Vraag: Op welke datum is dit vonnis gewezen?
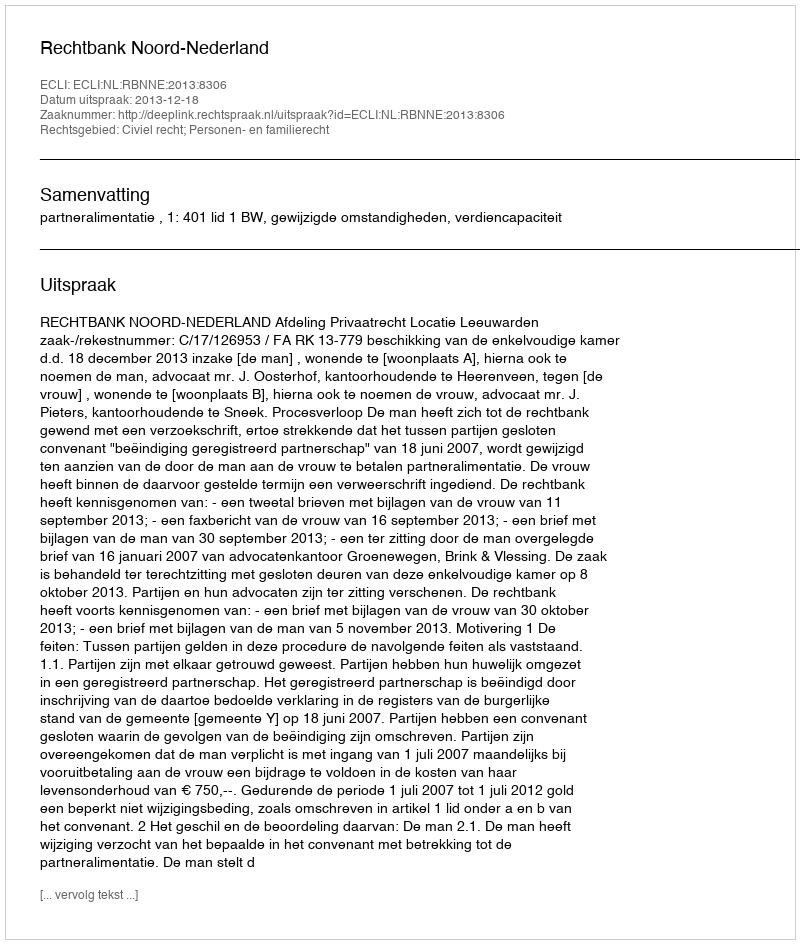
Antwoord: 2013-12-18